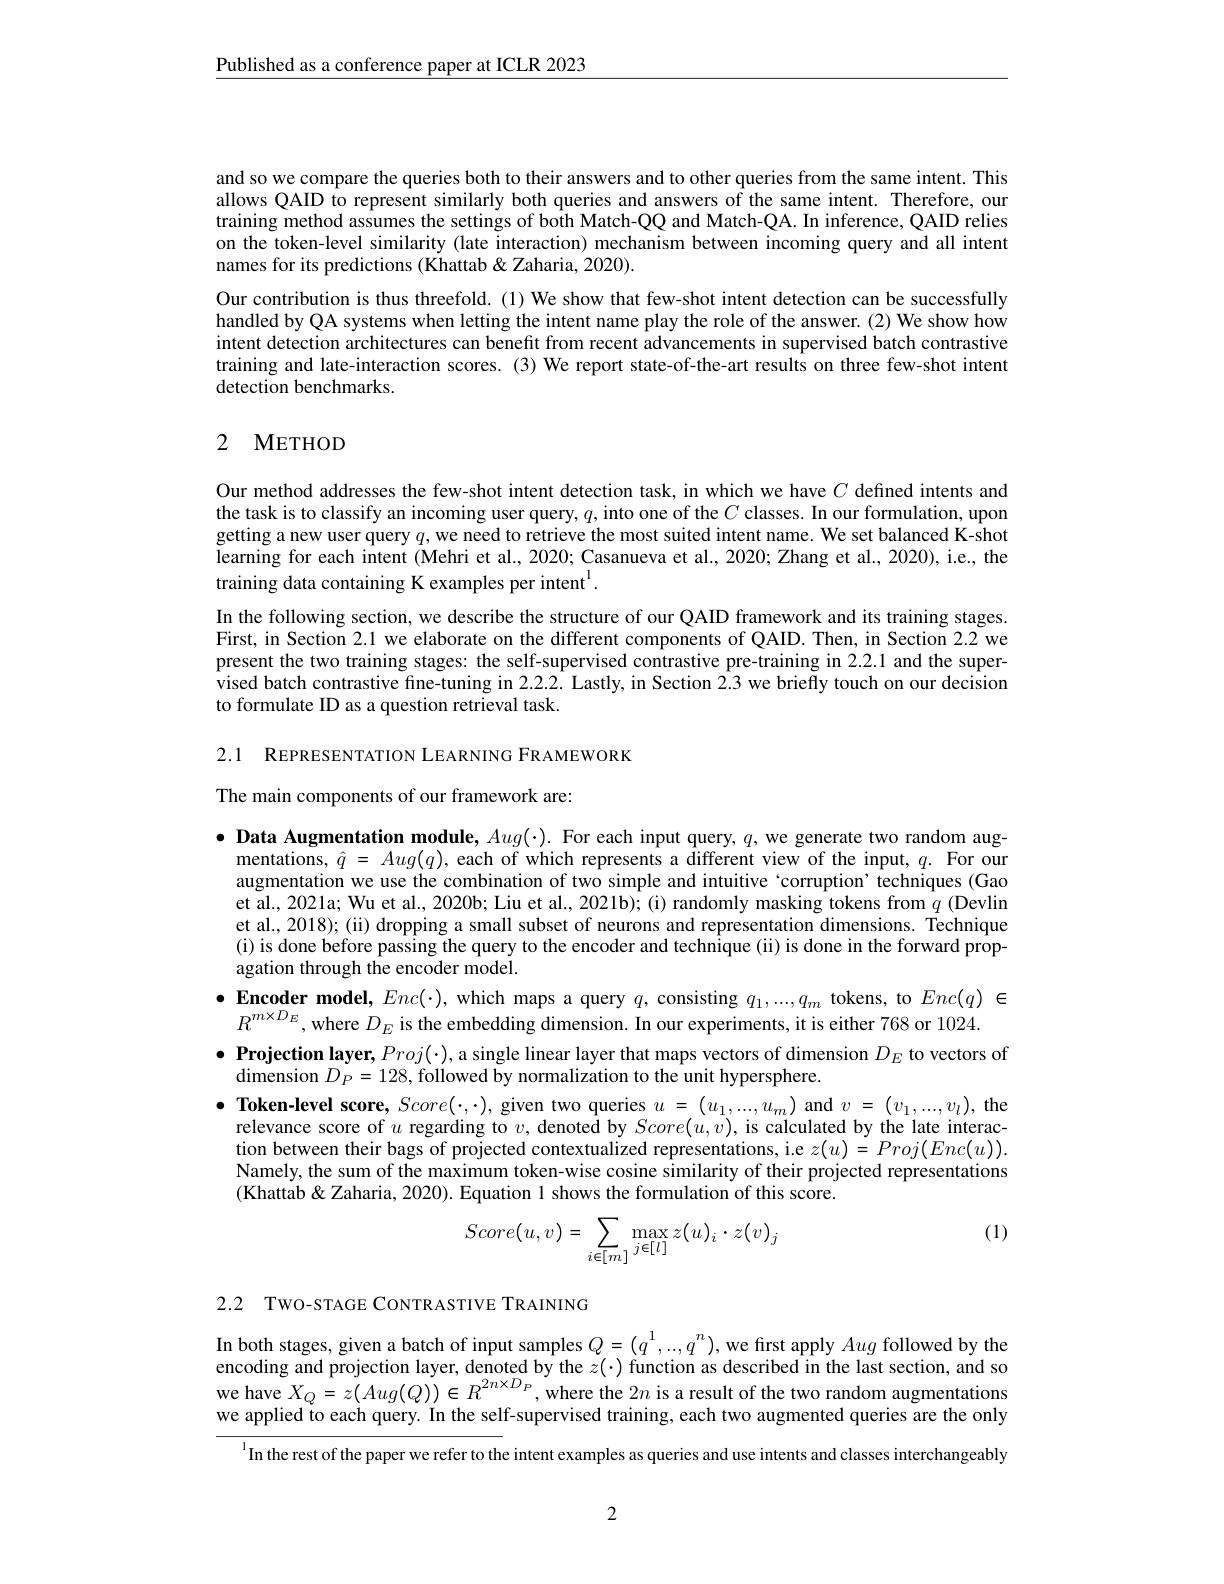
$\underline{\text{Published as a conference paper at ICLR 2023}}$

and so we compare the queries both to their answers and to other queries from the same intent. This allows QAID to represent similarly both queries and answers of the same intent. Therefore, our training method assumes the settings of both Match-QQ and Match-QA. In inference, QAID relies on the token-level similarity (late interaction) mechanism between incoming query and all intent names for its predictions (Khattab &Zaharia, 2020).
Our contribution is thus threefold. (1) We show that few-shot intent detection can be successfully handled by QA systems when letting the intent name play the role of the answer. (2) We show how intent detection architectures can benefit from recent advancements in supervised batch contrastive training and late-interaction scores. (3) We report state-of-the-art results on three few-shot intent detection benchmarks.

## 2 METHOD

Our method addresses the few-shot intent detection task, in which we have $C$ defined intents and the task is to classify an incoming user query, $q$, into one of the $C$ classes. In our formulation, upon getting a new user query $q$, we need to retrieve the most suited intent name. We set balanced K-shot learning for each intent (Mehri et al., 2020; Casanueva et al., 2020; Zhang et al., 2020), i.e., the training data containing K examples per intent$^{\mathrm{l}}.$
In the following section, we describe the structure of our QAID framework and its training stages. First, in Section 2.1 we elaborate on the different components of QAID. Then, in Section 2.2 we present the two training stages: the self-supervised contrastive pre-training in 2.2.1 and the supervised batch contrastive fine-tuning in 2.2.2.2. Lastly, in Section 2.3 we briefly touch on our decision to formulate ID as a question retrieval task.

2.1 REPRESENTATION LEARNING FRAMEWORK

The main components of our framework are:

$\bullet$ Data Augmentation module, $Aug(\cdot).$ For each input query, $q$, we generate two random aug-
mentations, $\hat{q}$ = Aug( q) , each of which represents a different view of the input, q. For our augmentation we use the combination of two simple and intuitive `corruption' techniques (Gao et al., 2021a; Wu et al., 2020b; Liu et al., 2021b); (i) randomly masking tokens from $q$ (Devlin et al., 2018); (ii) dropping a small subset of neurons and representation dimensions. Technique (i) is done before passing the query to the encoder and technique (ii) is done in the forward propagation through the encoder model.
$\bullet$Encoder model, $Enc(\cdot)$, which maps a query $q$, consisting $q_1,...,q_m$ tokens, to $Enc(q)\in$
$R^{m\times D_E}$, where $D_E$ is the embedding dimension. In our experiments, it is either 768 or 1024.
$\bullet \textbf{ Projection layer, }Proj( \cdot )$, a single linear layer that maps vectors of dimension $D_E$ to vectors of
dimension $D_{P}= 128$,followed by normalization to the unit hypersphere.
$\bullet$ Token-level score, $Score(\cdot,\cdot)$, given two queries $u=(u_1,...,u_m)$ and $v=(v_1,...,v_l)$, the
relevance score of $u$ regarding to $v$,denotedby$Score( u, v) $, is calculated by the late interaction between their bags of projected contextualized representations, i.e $z(u)=Proj(Enc(u)).$ Namely, the sum of the maximum token-wise cosine similarity of their projected representations (Khattab&Zaharia, 2020). Equation 1 shows the formulation of this score.

(1)
$$Score(u,v)=\sum\limits_{i\in[m]}\max\limits_{j\in[l]}z(u)_i\cdot z(v)_j$$
2.2 TWO-STAGE CONTRASTIVE TRAINING

In both stages, given a batch of input samples $Q=(q^1,...,q^n)$, we first apply Aug followed by the encoding and projection layer, denoted by the $z(\cdot)$ function as described in the last section, and so we have $X_{Q}=z(Aug(Q))\in R^{2n\times D_{P}}$, where the $2n$ is a result of the two random augmentations we applied to each query. In the self-supervised training, each two augmented queries are the only

$^{1}$In the rest of the paper we refer to the intent examples as queries and use intents and classes interchangeably

2